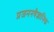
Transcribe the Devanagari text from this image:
प्रजननवैज्ञानिक